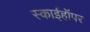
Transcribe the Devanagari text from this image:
स्काईहॉपर